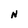
Character: N